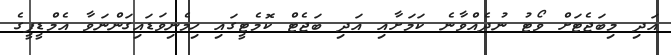
އަދި މިބަޖެޓަށް ވޯޓު ނުދެއްވާނެ ކަމަށާއި އަދި ބަޖެޓް ކޮމެޓީގައި ހިމެނިވަޑައިގަންނަވާ އެމްޑީޕީގެ